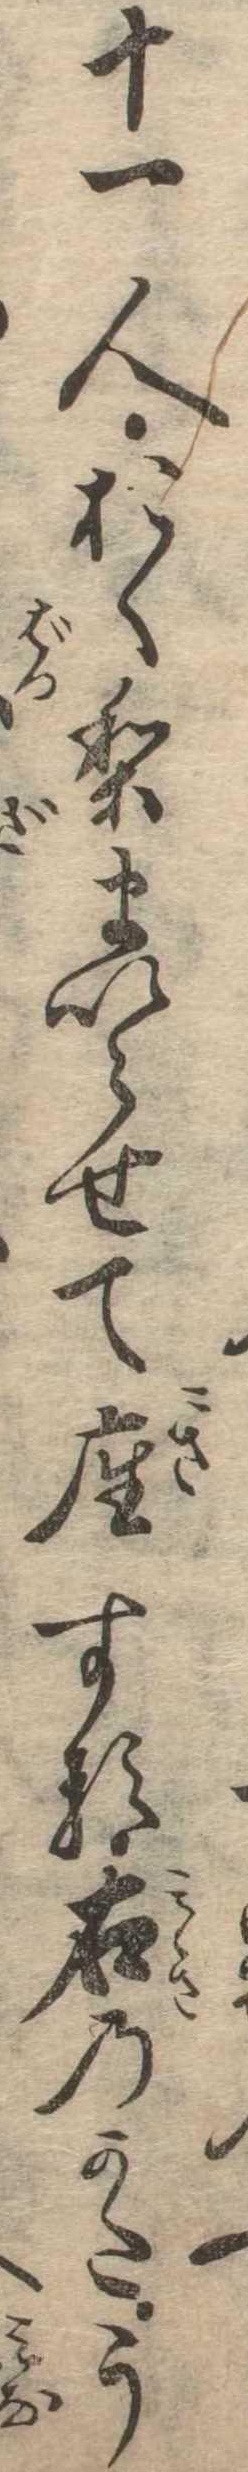
十一人おくりまいらせて座する右のかたう